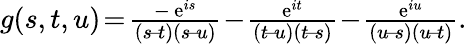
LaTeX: \begin{array}{ll}{g(s,t,u)\! =\! \frac{-\, \mathrm{e}^{is}}{(s\! -\! t)(s\! -\! u)}\! -\! \frac{\mathrm{e}^{it}}{(t\! -\! u)(t\! -\! s)}\! -\! \frac{\mathrm{e}^{iu}}{(u\! -\! s)(u\! -\! t)}.}\end{array}